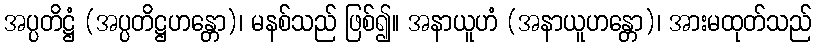
အပ္ပတိဋ္ဌံ (အပ္ပတိဋ္ဌဟန္တော)၊ မနစ်သည် ဖြစ်၍။ အနာယူဟံ (အနာယူဟန္တော)၊ အားမထုတ်သည်